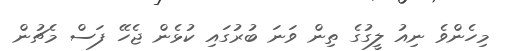
މިހެންވެ ނިއު ލީގުގެ ތިން ވަނަ ބުރުގައި ކުޅެން ޖެހޭ ފަސް މެޗުން